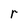
Character: r